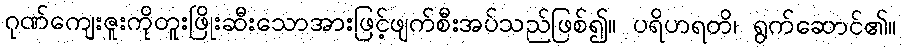
ဂုဏ်ကျေးဇူးကိုတူးဖြိုးဆီးသောအားဖြင့်ဖျက်စီးအပ်သည်ဖြစ်၍။ ပရိဟရတိ၊ ရွက်ဆောင်၏။